Annual statistical returns and brief notes on vaccination in Bengal - 1887-1898
Year: 1887
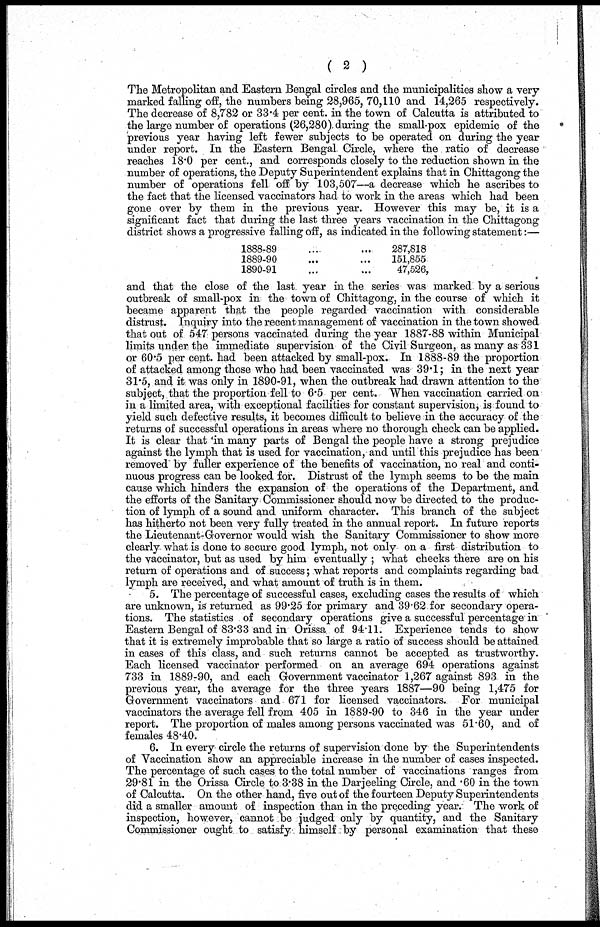
( 2 )
The Metropolitan and Eastern Bengal circles and the municipalities show a very-
marked falling off, the numbers being 28,965, 70,110 and 14,265 respectively.
The decrease of 8,782 or 33.4 per cent. in the town of Calcutta is attributed to
the large number of operations (26,280) during the small-pox epidemic of the
previous year having left fewer subjects to be operated on during the year
under report. In the Eastern Bengal Circle, where the ratio of decrease
reaches 18.0 per cent., and corresponds closely to the reduction shown in the
number of operations, the Deputy Superintendent explains that in Chittagong the
number of operations fell off by 103,507—a decrease which he ascribes to
the fact that the licensed vaccinators had to work in the areas which had been
gone over by them in the previous year. However this may be, it is a
significant fact that during the last three years vaccination in the Chittagong
district shows a progressive falling off, as indicated in the following statement:—
1.888.-89
1889-90
1890-91
287,818
151,855
47,526,
and that the close of the last year in the series was marked by a serious
outbreak of small-pox in the town of Chittagong, in the course of which it
became apparent that the people regarded vaccination with considerable
distrust. Inquiry into the recent management of vaccination in the town showed
that out of 547 persons vaccinated during the year 1887-88 within Municipal
limits under the immediate supervision of the Civil Surgeon, as many as 331
or 60.5 per cent. had been attacked by small-pox. In 1888-89 the proportion
of attacked among those who had been vaccinated was 39.1; in the next year
31.5, and it was only in 1890-91, when the outbreak had drawn attention to the
subject, that the proportion fell to 6.5 per cent. When vaccination carried on
in a limited area, with exceptional facilities for constant supervision, is found to
yield such defective results, it becomes difficult to believe in the accuracy of the
returns of successful operations in areas where no thorough check can be applied.
It is clear that 'in many parts of Bengal the people have a strong prejudice
against the lymph that is used for vaccination, and until this prejudice has been
removed by fuller experience of the benefits of vaccination, no real and conti-
nuous progress can be looked for. Distrust of the lymph seems to be the main
cause which hinders the expansion of the operations of the Department, and
the efforts of the Sanitary Commissioner should now be directed to the produc-
tion of lymph of a sound and uniform character. This branch of the subject
has hitherto not been very fully treated in the annual report. In future reports
the Lieutenant-Governor would wish the Sanitary Commissioner to show more
clearly what is done to secure good lymph, not only on a first distribution to
the vaccinator, but as used by him eventually ; what checks there are on his
return of operations and of success; what reports and complaints regarding bad
lymph are received, and what amount of truth is in them.
5. The percentage of successful cases, excluding cases the results of which
are unknown, is returned as 99.25 for primary and 39.62 for secondary opera-
tions. The statistics of secondary operations give a successful percentage in
Eastern Bengal of 83.33 and in Orissa of 94.11. Experience tends to show
that it is extremely improbable that so large a ratio of success should be attained
in cases of this class, and such returns cannot be accepted as trustworthy.
Each licensed vaccinator performed on an average 694 operations against
733 in 1889-90, and each Government vaccinator 1,267 against 893 in the
previous year, the average for the three years 1887—90 being 1,475 for
Government vaccinators and 671 for licensed vaccinators. For municipal
vaccinators the average fell from 405 in 1889-90 to 346 in the year under
report. The proportion of males among persons vaccinated was 51.60, and of
females 48.40.
6. In every circle the returns of supervision done by the Superintendents
of Vaccination show an appreciable increase in the number of cases inspected.
The percentage of such cases to the total number of vaccinations ranges from
29.81 in the Orissa Circle to 3.38 in the Darjeeling Circle, and .60 in the town
of Calcutta. On the other hand, five out of the fourteen Deputy Superintendents
did a smaller amount of inspection than in the preceding year. The work of
inspection, however, cannot be judged only by quantity, and the Sanitary
Commissioner ought to satisfy himself by personal examination that these